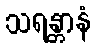
သရန္တာနံ